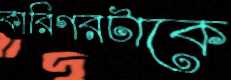
কারিগরটাকে